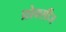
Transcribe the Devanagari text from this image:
प्रोक्सीज